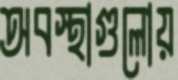
অবস্থাগুলোয়